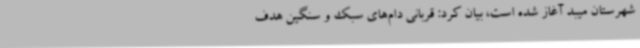
شهرستان میبد آغاز شده است، بیان کرد: قربانی دام‌های سبک و سنگین هدف